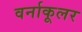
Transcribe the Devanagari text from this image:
वर्नाकूलर